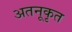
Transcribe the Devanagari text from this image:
अतनूकृत